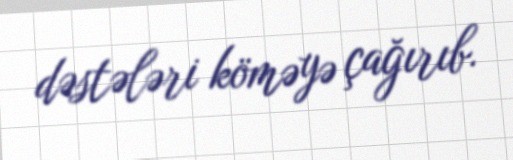
dəstələri köməyə çağırıb.